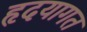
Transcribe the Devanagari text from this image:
हृदयागत